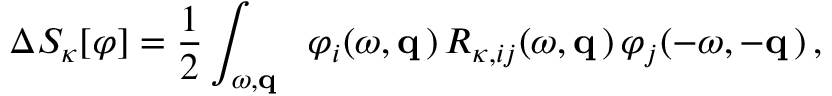
\Delta { \cal S } _ { \kappa } [ \varphi ] = \frac 1 2 \int _ { \omega , { \bf q } } \ \; \varphi _ { i } ( \omega , { \bf q } \, ) \, { \cal R } _ { \kappa , i j } ( \omega , { \bf q } \, ) \, \varphi _ { j } ( - \omega , - { \bf q } \, ) \, ,